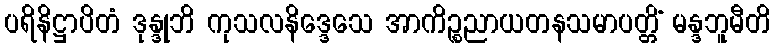
ပရိနိဋ္ဌာပိတံ ဒုန္ဒုဘိ ကုသလနိဒ္ဒေသေ အာကိဉ္စညာယတနသမာပတ္တိံ မန္ဒဘူမီတိ